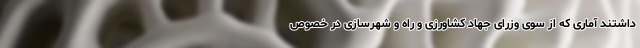
داشتند آماری که از سوی وزرای جهاد کشاورزی و راه و شهرسازی در خصوص